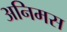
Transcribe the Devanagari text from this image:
अनिमस